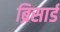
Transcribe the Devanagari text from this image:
ब्रिसार्ड